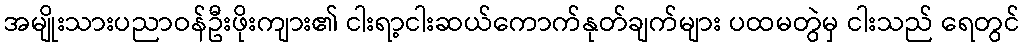
အမျိုးသားပညာဝန်ဦးဖိုးကျား၏ ငါးရာ့ငါးဆယ်ကောက်နုတ်ချက်များ ပထမတွဲမှ ငါးသည် ရေတွင်